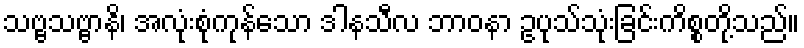
သဗ္ဗသဗ္ဗာနိ၊ အလုံးစုံကုန်သော ဒါနသီလ ဘာဝနာ ဥပုသ်သုံးခြင်းကိစ္စတို့သည်။